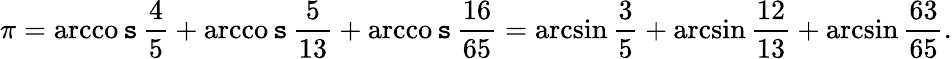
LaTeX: \pi=\operatorname{arcco\mathtt{s}}{\frac{{4}}{{5}}}+\operatorname{arcco\mathtt{s}}{\frac{{5}}{{13}}}+\operatorname{arcco\mathtt{s}}{\frac{{16}}{{65}}}=\arcsin{\frac{{3}}{{5}}}+\arcsin{\frac{{12}}{{13}}}+\arcsin{\frac{{63}}{{65}}}.